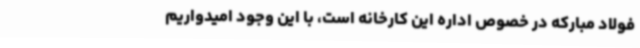
فولاد مبارکه در خصوص اداره این کارخانه است، با این وجود امیدواریم